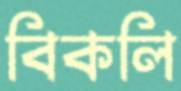
বিকলি